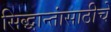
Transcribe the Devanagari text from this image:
सिद्धान्तांसाठीचे